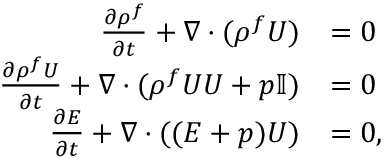
\begin{array} { r l } { \frac { \partial \rho ^ { f } } { \partial t } + \nabla \cdot ( \rho ^ { f } \boldsymbol { U } ) } & { = 0 } \\ { \frac { \partial \rho ^ { f } \boldsymbol { U } } { \partial t } + \nabla \cdot ( \rho ^ { f } \boldsymbol { U } \boldsymbol { U } + p \mathbb { I } ) } & { = 0 } \\ { \frac { \partial E } { \partial t } + \nabla \cdot ( ( E + p ) \boldsymbol { U } ) } & { = 0 , } \end{array}